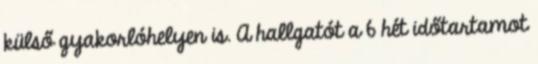
külső gyakorlóhelyen is. A hallgatót a 6 hét időtartamot